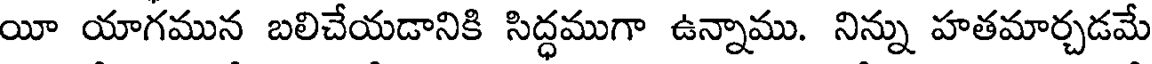
యీ యాగమున బలిచేయడానికి సిద్ధముగా ఉన్నాము. నిన్ను హతమార్చడమే